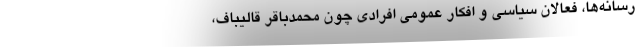
رسانه‌ها، فعالان سیاسی و افکار عمومی افرادی چون محمدباقر قالیباف،